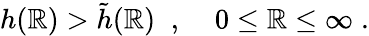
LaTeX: h(\mathbb{R})>\tilde{{h}}(\mathbb{R})\; \; ,\; \; \; \; 0\le\mathbb{R}\le\infty\; .